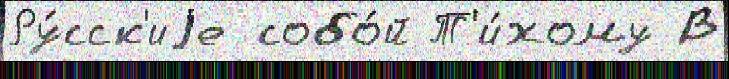
Ру́сск'иjе собо́й Т'и́хому В